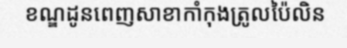
ខណ្ឌដូនពេញសាខាកាំកុងត្រូលប៉ៃលិន